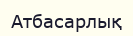
Атбасарлық